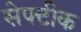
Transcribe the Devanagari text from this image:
सेफ्टीक